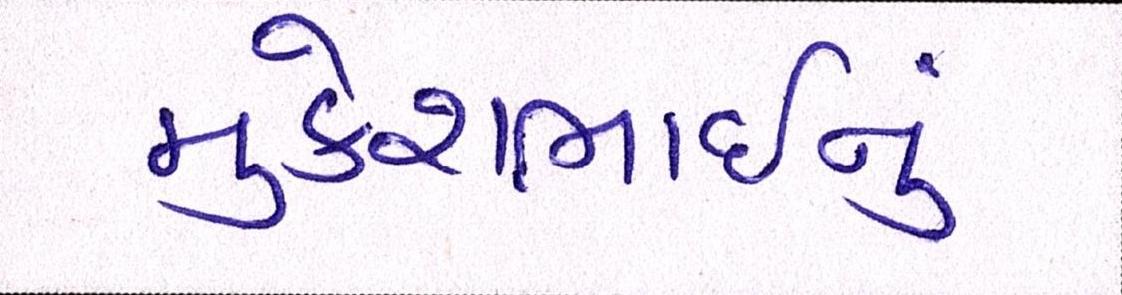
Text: મુકેશભાઈનું